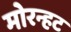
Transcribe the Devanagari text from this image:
मोरन्हट